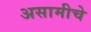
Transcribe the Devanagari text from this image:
असामीचे